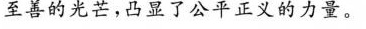
至善的光芒，凸显了公平正义的力量。